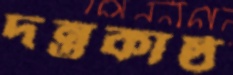
দন্তকাষ্ঠ